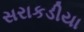
સરાકડીયા